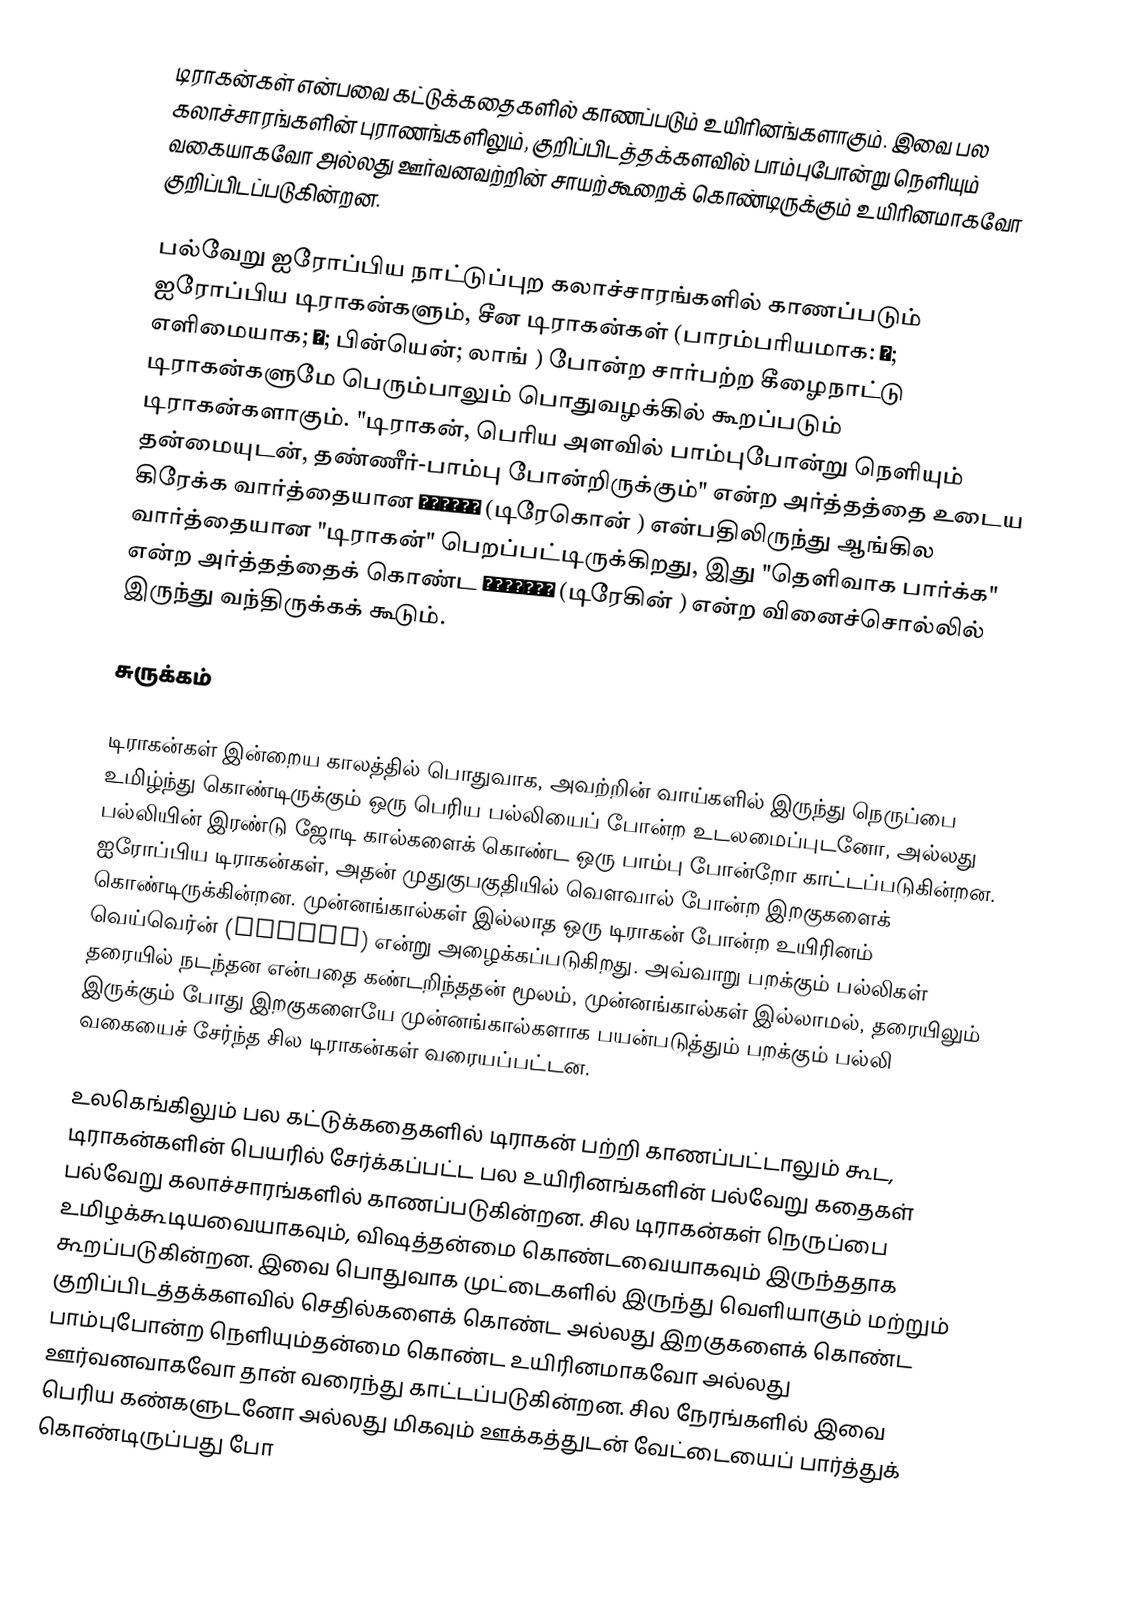
டிராகன்கள் என்பவை கட்டுக்கதைகளில் காணப்படும் உயிரினங்களாகும். இவை பல கலாச்சாரங்களின் புராணங்களிலும், குறிப்பிடத்தக்களவில் பாம்புபோன்று நெளியும் வகையாகவோ அல்லது ஊர்வனவற்றின் சாயற்கூறைக் கொண்டிருக்கும் உயிரினமாகவோ குறிப்பிடப்படுகின்றன.

பல்வேறு ஐரோப்பிய நாட்டுப்புற கலாச்சாரங்களில் காணப்படும் ஐரோப்பிய டிராகன்களும், சீன டிராகன்கள் (பாரம்பரியமாக: 龍; எளிமையாக; 龙; பின்யென்; லாங் ) போன்ற சார்பற்ற கீழைநாட்டு டிராகன்களுமே பெரும்பாலும் பொதுவழக்கில் கூறப்படும் டிராகன்களாகும். "டிராகன், பெரிய அளவில் பாம்புபோன்று நெளியும் தன்மையுடன், தண்ணீர்-பாம்பு போன்றிருக்கும்" என்ற அர்த்தத்தை உடைய கிரேக்க வார்த்தையான δράκων (டிரேகொன் ) என்பதிலிருந்து ஆங்கில வார்த்தையான "டிராகன்" பெறப்பட்டிருக்கிறது, இது "தெளிவாக பார்க்க" என்ற அர்த்தத்தைக் கொண்ட δρακεῖν (டிரேகின் ) என்ற வினைச்சொல்லில் இருந்து வந்திருக்கக் கூடும்.

சுருக்கம்

டிராகன்கள் இன்றைய காலத்தில் பொதுவாக, அவற்றின் வாய்களில் இருந்து நெருப்பை உமிழ்ந்து கொண்டிருக்கும் ஒரு பெரிய பல்லியைப் போன்ற உடலமைப்புடனோ, அல்லது பல்லியின் இரண்டு ஜோடி கால்களைக் கொண்ட ஒரு பாம்பு போன்றோ காட்டப்படுகின்றன. ஐரோப்பிய டிராகன்கள், அதன் முதுகுபகுதியில் வௌவால் போன்ற இறகுகளைக் கொண்டிருக்கின்றன. முன்னங்கால்கள் இல்லாத ஒரு டிராகன் போன்ற உயிரினம் வெய்வெர்ன் (wyvern) என்று அழைக்கப்படுகிறது. அவ்வாறு பறக்கும் பல்லிகள் தரையில் நடந்தன என்பதை கண்டறிந்ததன் மூலம், முன்னங்கால்கள் இல்லாமல், தரையிலும் இருக்கும் போது இறகுகளையே முன்னங்கால்களாக பயன்படுத்தும் பறக்கும் பல்லி வகையைச் சேர்ந்த சில டிராகன்கள் வரையப்பட்டன.

உலகெங்கிலும் பல கட்டுக்கதைகளில் டிராகன் பற்றி காணப்பட்டாலும் கூட, டிராகன்களின் பெயரில் சேர்க்கப்பட்ட பல உயிரினங்களின் பல்வேறு கதைகள் பல்வேறு கலாச்சாரங்களில் காணப்படுகின்றன. சில டிராகன்கள் நெருப்பை உமிழக்கூடியவையாகவும், விஷத்தன்மை கொண்டவையாகவும் இருந்ததாக கூறப்படுகின்றன. இவை பொதுவாக முட்டைகளில் இருந்து வெளியாகும் மற்றும் குறிப்பிடத்தக்களவில் செதில்களைக் கொண்ட அல்லது இறகுகளைக் கொண்ட பாம்புபோன்ற நெளியும்தன்மை கொண்ட உயிரினமாகவோ அல்லது ஊர்வனவாகவோ தான் வரைந்து காட்டப்படுகின்றன. சில நேரங்களில் இவை பெரிய கண்களுடனோ அல்லது மிகவும் ஊக்கத்துடன் வேட்டையைப் பார்த்துக் கொண்டிருப்பது போ